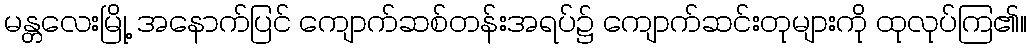
မန္တလေးမြို့ အနောက်ပြင် ကျောက်ဆစ်တန်းအရပ်၌ ကျောက်ဆင်းတုများကို ထုလုပ်ကြ၏။